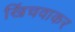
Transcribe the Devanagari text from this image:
खिंचवाकर